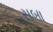
સબા